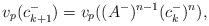
LaTeX: \begin{align*} v_p(c_{k+1}^-) = v_p((A^-)^{n-1}(c_k^-)^n),\end{align*}